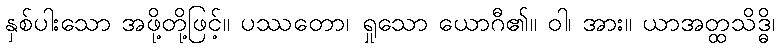
နှစ်ပါးသော အဖို့တို့ဖြင့်။ ပဿတော၊ ရှုသော ယောဂီ၏။ ဝါ၊ အား။ ယာအတ္ထသိဒ္ဓိ၊